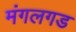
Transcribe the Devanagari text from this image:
मंगलगड